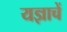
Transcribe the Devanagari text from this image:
यज्ञाचें